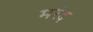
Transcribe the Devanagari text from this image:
मरंद